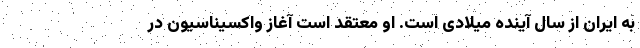
به ایران از سال آینده میلادی است. او معتقد است آغاز واکسیناسیون در